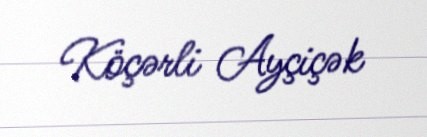
Köçərli Ayçiçək